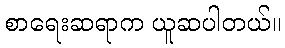
စာရေးဆရာက ယူဆပါတယ်။